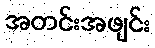
အတင်းအဖျင်း